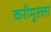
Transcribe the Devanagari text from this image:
करीमुल्ला